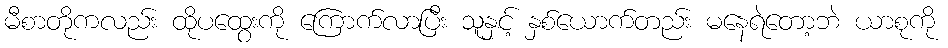
မီစာတိုကလည်း ထိုပထွေးကို ကြောက်လာပြီး သူနှင့် နှစ်ယောက်တည်း မနေရဲတော့ဘဲ ယာစုကို